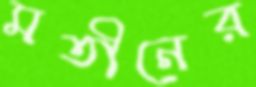
মতীনের